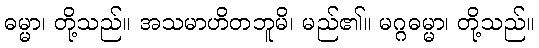
ဓမ္မာ၊ တို့သည်။ အသမာဟိတဘူမိ၊ မည်၏။ မဂ္ဂဓမ္မာ၊ တို့သည်။